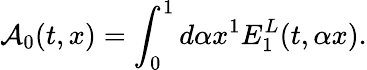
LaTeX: {\cal A}_{0}(t,x)=\int_{0}^{1}{d\alpha}x^{1}E_{1}^{L}(t,\alpha x).